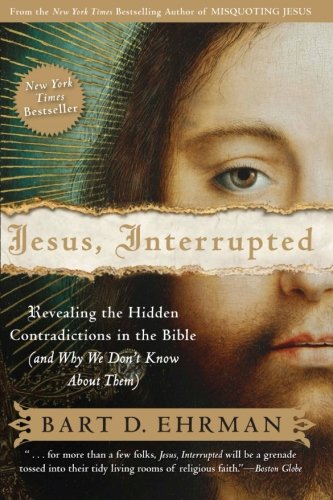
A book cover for Jesus, Interrupted: Revealing the Hidden Contradictions in the Bible (And Why We Don't Know About Them); Bart D. Ehrman; Christian Books & Bibles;